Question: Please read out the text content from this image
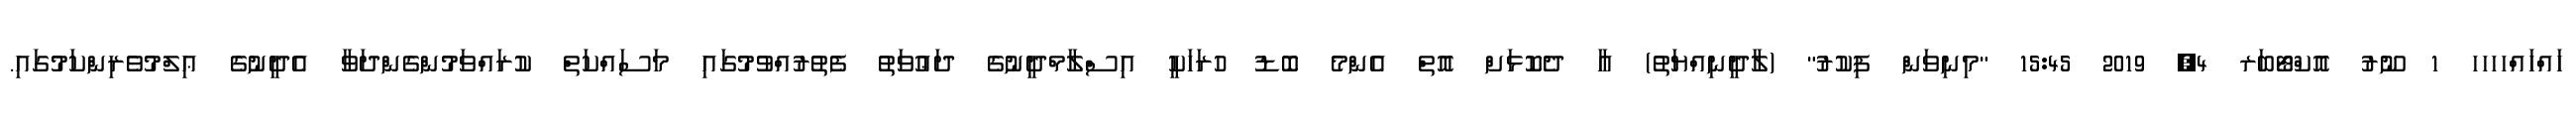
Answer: ހައްހައްހހހހ 1 ނޫރު އޮކްޓޯބަރ 4, 2019 15:45 "މިނިވަން ފިކުރު" (ލާދީނިއްޔަތު) އާ ދެކޮޅަށް އޮތް އެންމެ ބޮޑު ހުރަހަކީ އިސްލާމްދީނުގެ ދަޢުވަތު ފެތުރުއްވުމުގައި މަސައްކަތް ކުރައްވަމުންގެންދަވާ އެދީނުގެ ޢިލްމުވެރިންކަމުގައި.